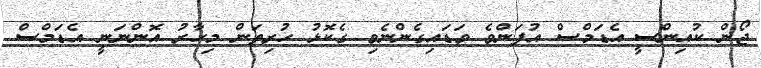
ޖޯން ކުއިންސީ އެޑަމްސް އުފަންވެ ވަޑައިގެންނެވި ގެކޮޅު ހުރިތަން މިހާރު އޮންނަނީ އެޑަމްސް